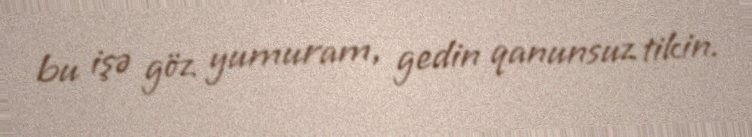
bu işə göz yumuram, gedin qanunsuz tikin.